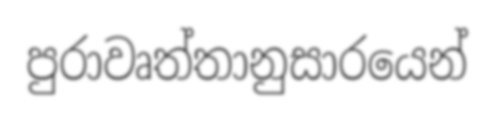
පුරාවෘත්තානුසාරයෙන්